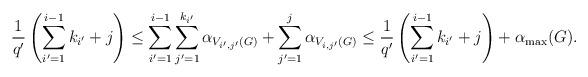
LaTeX: \begin{align*}\frac 1{q'} \left(\sum_{i'=1}^{i-1} k_{i'} + j\right)\leq\sum_{i'=1}^{i-1}\sum_{j'=1}^{k_{i'}}\alpha_{V_{i',j'}(G)}+\sum_{j'=1}^j\alpha_{V_{i,j'}(G)}\leq \frac 1{q'} \left(\sum_{i'=1}^{i-1} k_{i'} + j\right) +\alpha_{\max}(G).\end{align*}